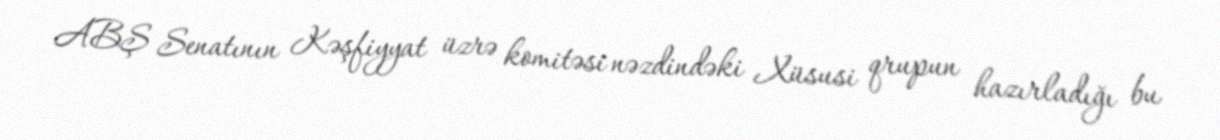
ABŞ Senatının Kəşfiyyat üzrə komitəsi nəzdindəki Xüsusi qrupun hazırladığı bu